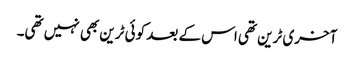
آخری ٹرین تھی اس کے بعد کوئی ٹرین بھی نہیں تھی۔